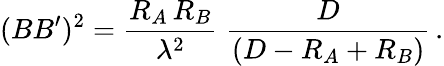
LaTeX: (BB^{\prime})^{2}={\frac{R_{A}\, R_{B}}{\lambda^{2}}}\; {\frac{D}{(D-R_{A}+R_{B})}}\, .